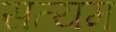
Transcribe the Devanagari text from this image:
सत्यम